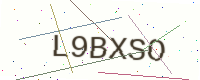
Text: L9BXSO